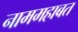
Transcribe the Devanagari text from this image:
नाममहाबत